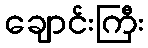
ချောင်းကြီး